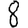
Digit: 8